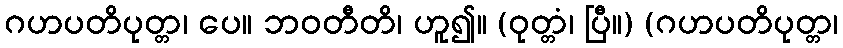
ဂဟပတိပုတ္တ၊ ပေ။ ဘဝတီတိ၊ ဟူ၍။ (ဝုတ္တံ၊ ပြီ။) (ဂဟပတိပုတ္တ၊